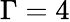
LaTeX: \Gamma=4